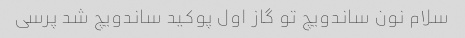
سلام نون ساندویچ تو گاز اول پوکید ساندویچ شد پرسی